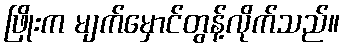
ဖြိုးက မျက်မှောင်တွန့်လိုက်သည်။